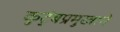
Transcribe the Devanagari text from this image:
कुटुंबप्रमुखाने